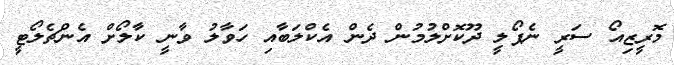
މޮރީޒިއޯ ސަރީ ނެޕޯލީ ދޫކޮށްލުމުން ދެން އެކްލަބާއި ހަވާލު ވާނީ ކާލޯށް އެންޗެލޯޓީ